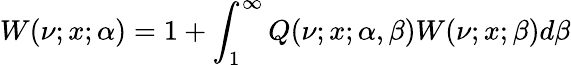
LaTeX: W(\nu;x;\alpha)=1+\int_{1}^{\infty}Q(\nu;x;\alpha,\beta)W(\nu;x;\beta)d\beta